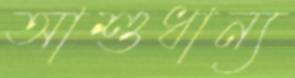
আশুধান্য